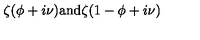
\zeta ( \phi + i \nu ) \mathrm { a n d } \zeta ( 1 - \phi + i \nu )